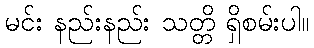
မင်း နည်းနည်း သတ္တိ ရှိစမ်းပါ။